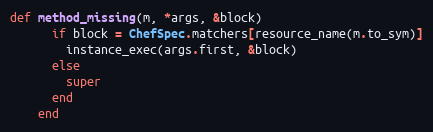
Language: Ruby
def method_missing(m, *args, &block)
      if block = ChefSpec.matchers[resource_name(m.to_sym)]
        instance_exec(args.first, &block)
      else
        super
      end
    end